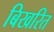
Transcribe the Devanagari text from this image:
बिखरित